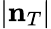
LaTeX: |{\mathbf n}_{T}|